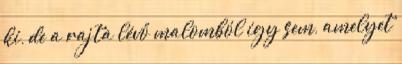
ki, de a rajta lévő malomból így sem, amelyet